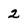
Character: 2